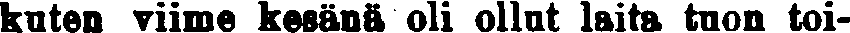
kuten viime kesänä oli ollut laita tuon toi-